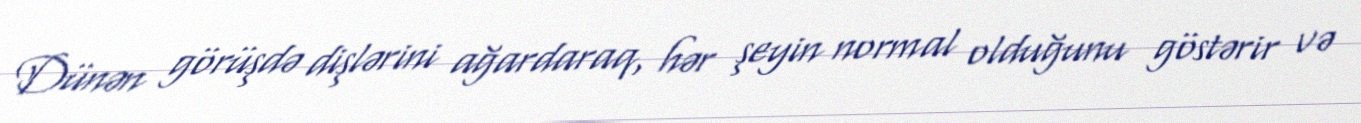
Dünən görüşdə dişlərini ağardaraq, hər şeyin normal olduğunu göstərir və